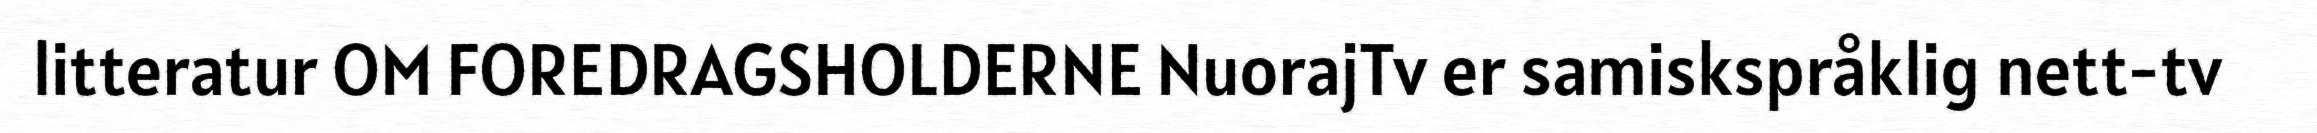
litteratur OM FOREDRAGSHOLDERNE NuorajTv er samiskspråklig nett-tv